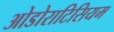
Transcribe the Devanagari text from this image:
ओडोराटिसियम